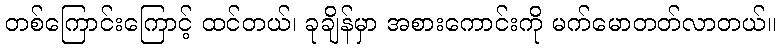
တစ်ကြောင်းကြောင့် ထင်တယ်၊ ခုချိန်မှာ အစားကောင်းကို မက်မောတတ်လာတယ်။